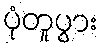
ပုံတူပွား